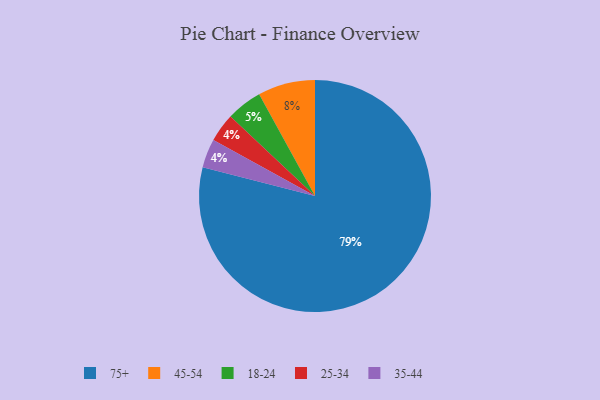
{"axis": {"x": "Category", "y": "Percentage"}, "legend": ["18-24", "25-34", "35-44", "45-54", "75+"], "data": [{"x": "25-34", "y": 4, "type": "25-34"}, {"x": "18-24", "y": 5, "type": "18-24"}, {"x": "45-54", "y": 8, "type": "45-54"}, {"x": "75+", "y": 79, "type": "75+"}, {"x": "35-44", "y": 4, "type": "35-44"}]}